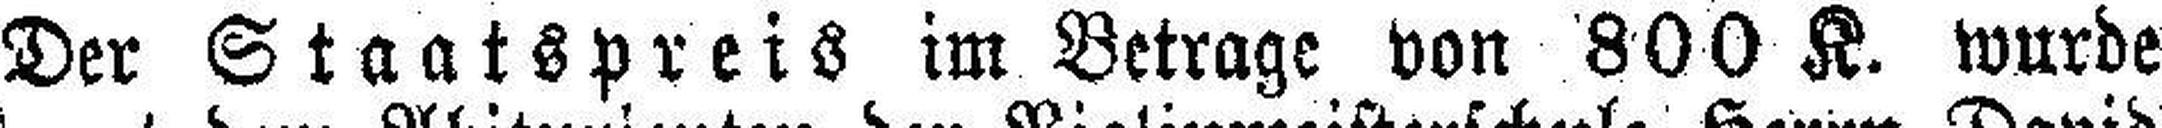
Der Staatspreis im Betrage von 800 K. wurde